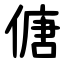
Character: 傏